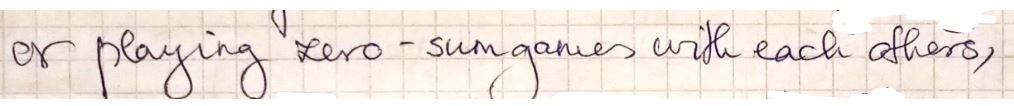
or playing zero-sungames with each others,